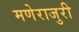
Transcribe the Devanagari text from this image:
मणेराजुरी